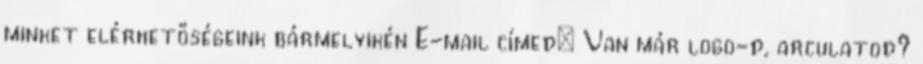
minket elérhetőségeink bármelyikén E-mail címed: Van már logo-d, arculatod?